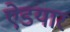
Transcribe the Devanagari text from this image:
ऐडयार